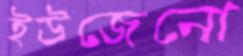
ইউজেনো